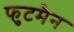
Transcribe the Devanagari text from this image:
फुटमैन